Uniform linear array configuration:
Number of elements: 4
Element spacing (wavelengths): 0.75
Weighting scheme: exponential
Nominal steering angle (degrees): -15
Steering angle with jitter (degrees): -14.082
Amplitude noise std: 0.05
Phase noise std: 0.05

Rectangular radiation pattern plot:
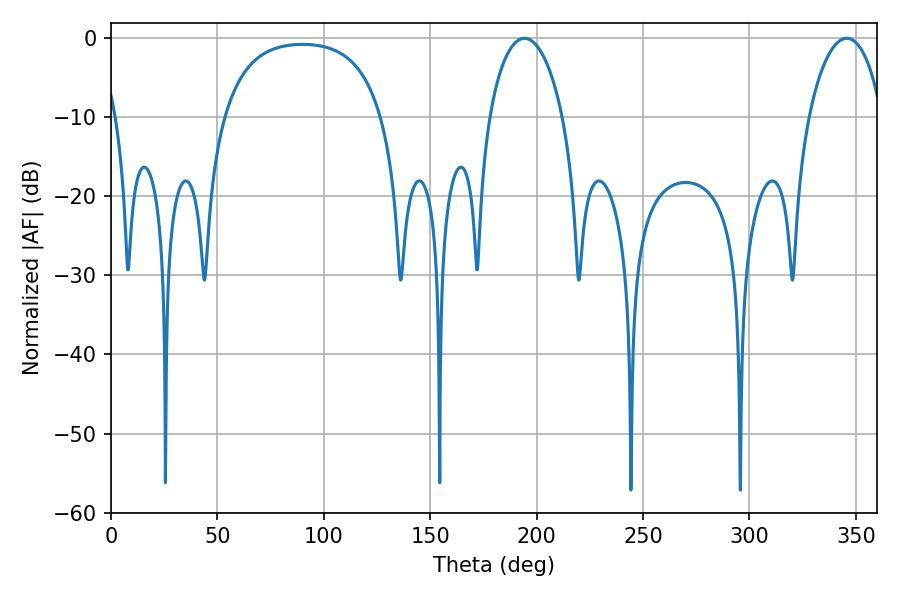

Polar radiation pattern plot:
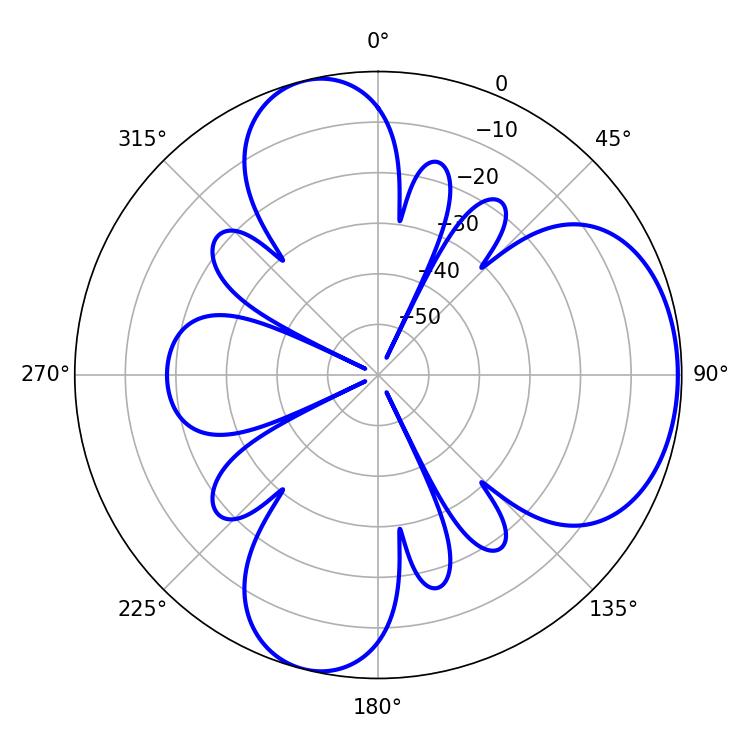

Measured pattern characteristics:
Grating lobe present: TRUE
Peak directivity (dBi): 5.874
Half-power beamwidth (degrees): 19.8
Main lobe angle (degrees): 194.22